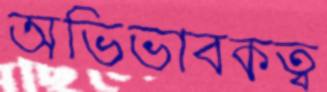
অভিভাবকত্ব